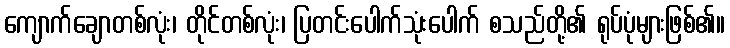
ကျောက်ချောတစ်လုံး၊ တိုင်တစ်လုံး၊ ပြတင်းပေါက်သုံးပေါက် စသည်တို့၏ ရုပ်ပုံများဖြစ်၏။